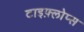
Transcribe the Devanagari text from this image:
टाइफ़्लोप्स